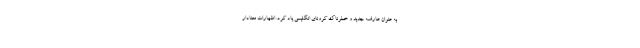
به عنوان عارضه جدید و خطرناک کرونای انگلیسی یاد کرد. اظهارات معنادار